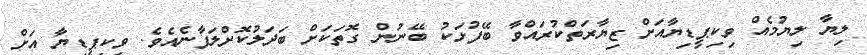
ލިޔާ ލިޔުމެއް ވިކިޕީޑިޔާއަށް ޒިޔާރަތްކުރައްވާ ބޭފުޅަކު ބޭނުން ގޮތަކަށް ބަދަލުކޮށްލަފާނެއެވެ. ވިކިޕީޑިޔާ އަށް